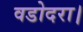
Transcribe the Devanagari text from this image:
वडोदरा।